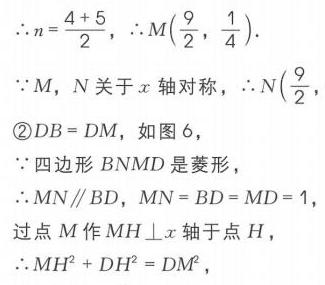
\(\therefore n = \frac{4 + 5}{2}\)，\(\therefore M(\frac{9}{2},\frac{1}{4})\).
\(\because M\)，\(N\)关于\(x\)轴对称，\(\therefore N(\frac{9}{2}, \)
\textcircled{2}\(DB = DM\)，如图6，
\(\because\)四边形\(BNMD\)是菱形，
\(\therefore MN\parallel BD\)，\(MN = BD = MD = 1\)，
过点\(M\)作\(MH\perp x\)轴于点\(H\)，
\(\therefore MH^{2}+DH^{2}=DM^{2}\)，